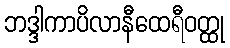
ဘဒ္ဒါကာပိလာနီထေရီဝတ္ထု